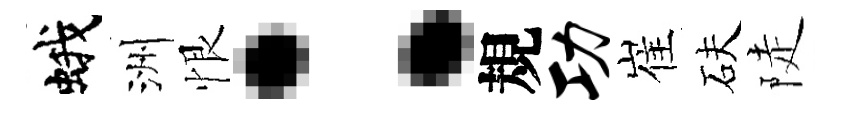
蛾洲恨：規功崔砆陡